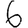
Digit: 6